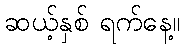
ဆယ့်နှစ် ရက်နေ့။